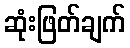
ဆုံးဖြတ်ချက်